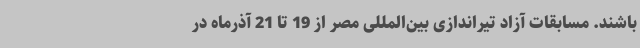
باشند. مسابقات آزاد تیراندازی بین‌المللی مصر از 19 تا 21 آذرماه در